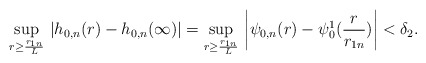
\begin{align*}\sup_{r\ge \frac{r_{1n}}{L}}\,|h_{0,n}(r)-h_{0,n}(\infty)|=\sup_{r\ge \frac{r_{1n}}{L}}\,\left|\psi_{0,n}(r)-\psi^1_0(\frac{r}{r_{1n}})\right|< \delta_2.\end{align*}